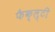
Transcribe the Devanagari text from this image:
फैक्ल्टी